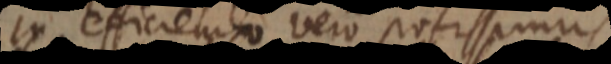
n efficiendo vero potissimus